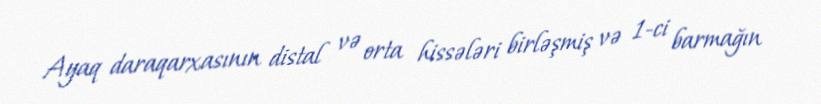
Ayaq daraqarxasının distal və orta hissələri birləşmiş və 1-ci barmağın